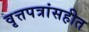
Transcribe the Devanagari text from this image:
वृत्तपत्रांसहीत